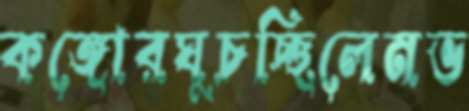
কঙ্গোরঘুচচ্ছিলেনভ